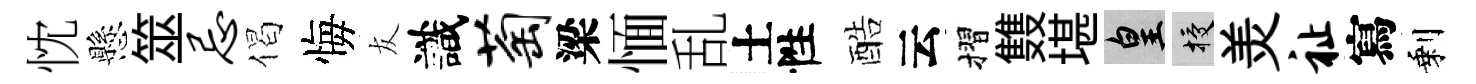
忱懸筮忌偈悔友識萄梁愐乱土性酷云摺䨇堪皇授羙祉寫剩